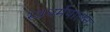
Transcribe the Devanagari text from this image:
स्वधर्मपालन